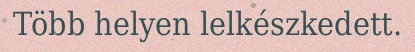
Több helyen lelkészkedett.